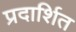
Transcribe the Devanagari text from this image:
प्रदार्शित